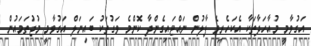
އަގުވާމީ މުއާހަދާތަކާ އެކަހެރިވެ ފާލުން ނައްޓައިގެންދާ ކޮންމެ ވަގުތަކު ބައިނަލް އަގުވާމީ މުޖުތަމައުން